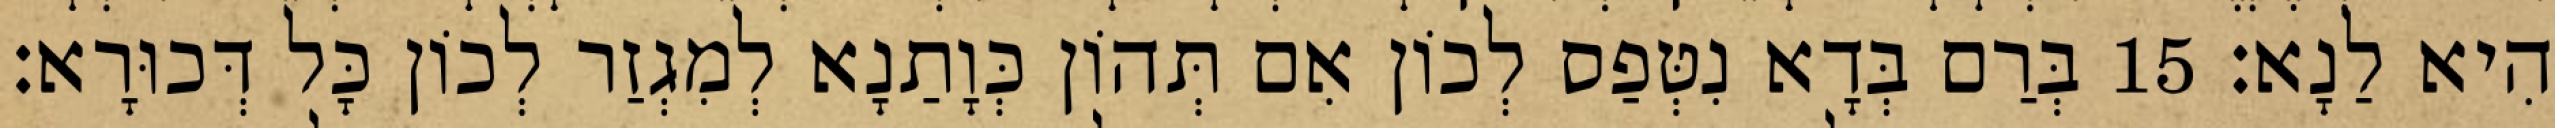
הִיא לַנָא׃ 15 בְּרַם בְּדָא נִטְּפַס לְכוֹן אִם תְּהוֹן כְּוָתַנָא לְמִגְזַר לְכוֹן כָּל דְּכוּרָא׃